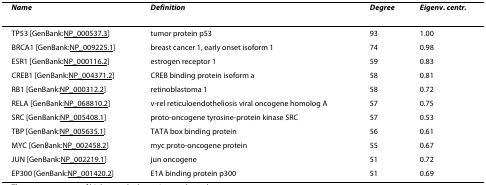
| Name | Definition | Degree | Eigenv. centr. |
 | --- | --- | --- | --- |
 | TP53 [GenBank:NP_000537.3] | tumor protein p53 | 93 | 1.00 |
 | BRCA1 [GenBank:NP_009225.1] | breast cancer 1, early onset isoform 1 | 74 | 0.98 |
 | ESR1 [GenBank:NP_000116.2] | estrogen receptor 1 | 59 | 0.83 |
 | CREB1 [GenBank:NP_004371.2] | CREB binding protein isoform a | 58 | 0.81 |
 | RB1 [GenBank:NP_000312.2] | retinoblastoma 1 | 58 | 0.72 |
 | RELA [GenBank:NP_068810.2] | v-rel reticuloendotheliosis viral oncogene homolog A | 57 | 0.75 |
 | SRC [GenBank:NP_005408.1] | proto-oncogene tyrosine-protein kinase SRC | 57 | 0.53 |
 | TBP [GenBank:NP_005635.1] | TATA box binding protein | 56 | 0.61 |
 | MYC [GenBank:NP_002458.2] | myc proto-oncogene protein | 55 | 0.67 |
 | JUN [GenBank:NP_002219.1] | jun oncogene | 51 | 0.72 |
 | EP300 [GenBank:NP_001420.2] | E1A binding protein p300 | 51 | 0.69 |